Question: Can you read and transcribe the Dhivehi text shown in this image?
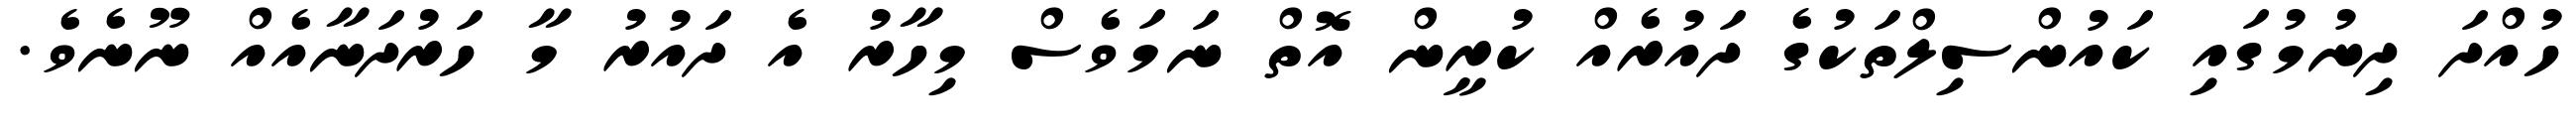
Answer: ހުއްދަ ދިނުމުގައި ކައުންސިލްތަކުގެ ދައުރެއް ކުރީން އޮތް ނަމަވެސް މިހާރު އެ ދައުރު މާ ހަރުދަނާއެއް ނޫނެވެ.